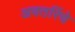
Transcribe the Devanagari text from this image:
अवतरिंचे